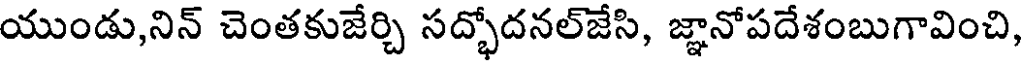
యుండు,నిన్ చెంతకుజేర్చి సద్భోదనల్జేసి, జ్ఞానోపదేశంబుగావించి,